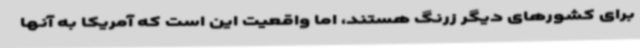
برای کشورهای دیگر زرنگ هستند، اما واقعیت این است که آمریکا به آنها